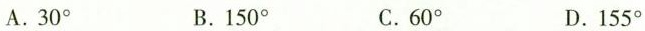
A.30° B.150° C.60° D.155°